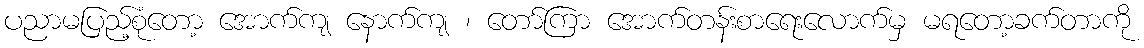
ပညာမပြည့်စုံတော့ အောက်ကျ နောက်ကျ ၊ တော်ကြာ အောက်တန်းစာရေးလောက်မှ မရတော့ခက်တာကို